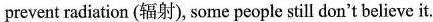
prevent radiation (辐射), some people still don't believe it.